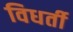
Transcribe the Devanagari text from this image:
विधर्ती